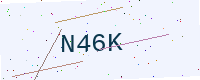
Text: N46K